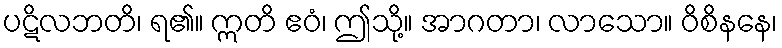
ပဋိလဘတိ၊ ရ၏။ ဣတိ ဧဝံ၊ ဤသို့။ အာဂတာ၊ လာသော။ ဝိစိနနေ၊